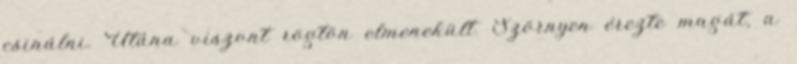
csinálni. Utána viszont rögtön elmenekült. Szörnyen érezte magát, a